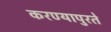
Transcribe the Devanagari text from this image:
करण्यापुरते